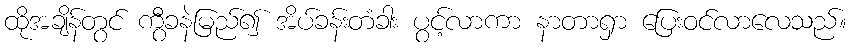
ထိုအချိန်တွင် ကွီခနဲမြည်၍ အိပ်ခန်းတံခါး ပွင့်လာကာ နာတာရှာ ပြေးဝင်လာလေသည်။